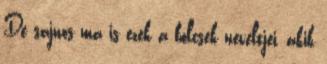
De sajnos ma is ezek a bölcsek neveltjei, akik